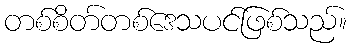
တစ်စိတ်တစ်ဒေသပင်ဖြစ်သည်။